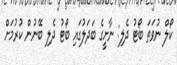
ކޯލް ނުވަތަ ބޯޓު ދެލި: ނާށީގެ ބަދަލުގައި ބޯޓު ދެލި ބޭނުން ކުރުމަށް